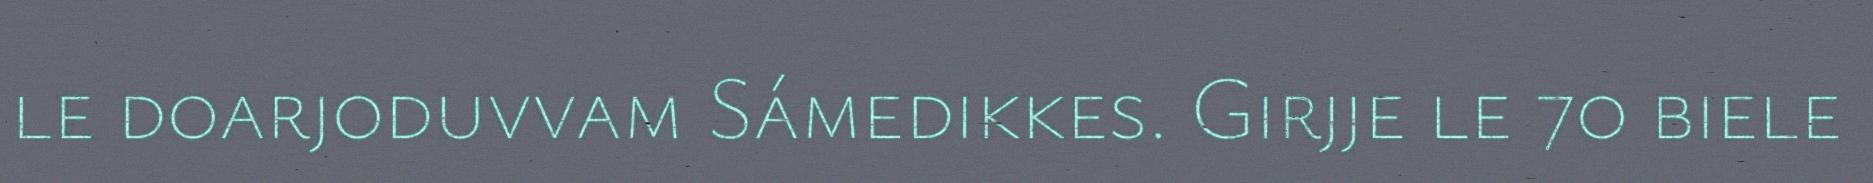
le doarjoduvvam Sámedikkes. Girjje le 70 biele